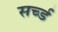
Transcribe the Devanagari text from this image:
सर्च्ड